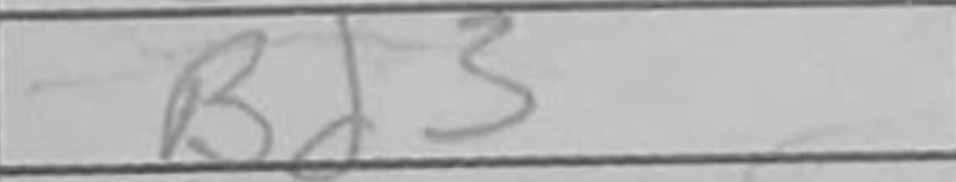
Transcription: Bd3